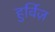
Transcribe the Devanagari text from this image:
हुर्विज़